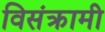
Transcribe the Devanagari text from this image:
विसंक्रामी